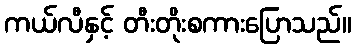
ကယ်လီနှင့် တီးတိုးစကားပြောသည်။